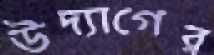
উদ্যাগের